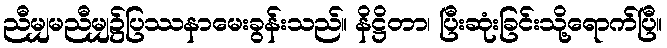
ညီမျှမညီမျှ၌ပြဿနာမေးခွန်းသည်။ နိဋ္ဌိတာ၊ ပြီးဆုံးခြင်းသို့ရောက်ပြီ။